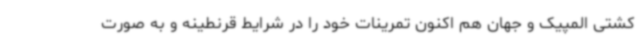
کشتی المپیک و جهان هم اکنون تمرینات خود را در شرایط قرنطینه و به صورت